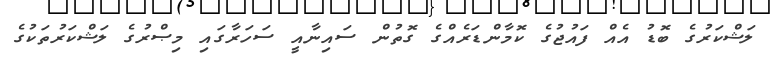
ލަޝްކަރުގެ ބޮޑު އެއް ފައުޖުގެ ކޮމާންޑަރެއްގެ ގޮތުން ސައިނާއީ ސަހަރާގައި މިޞްރުގެ ލަޝްކަރުތަކުގެ